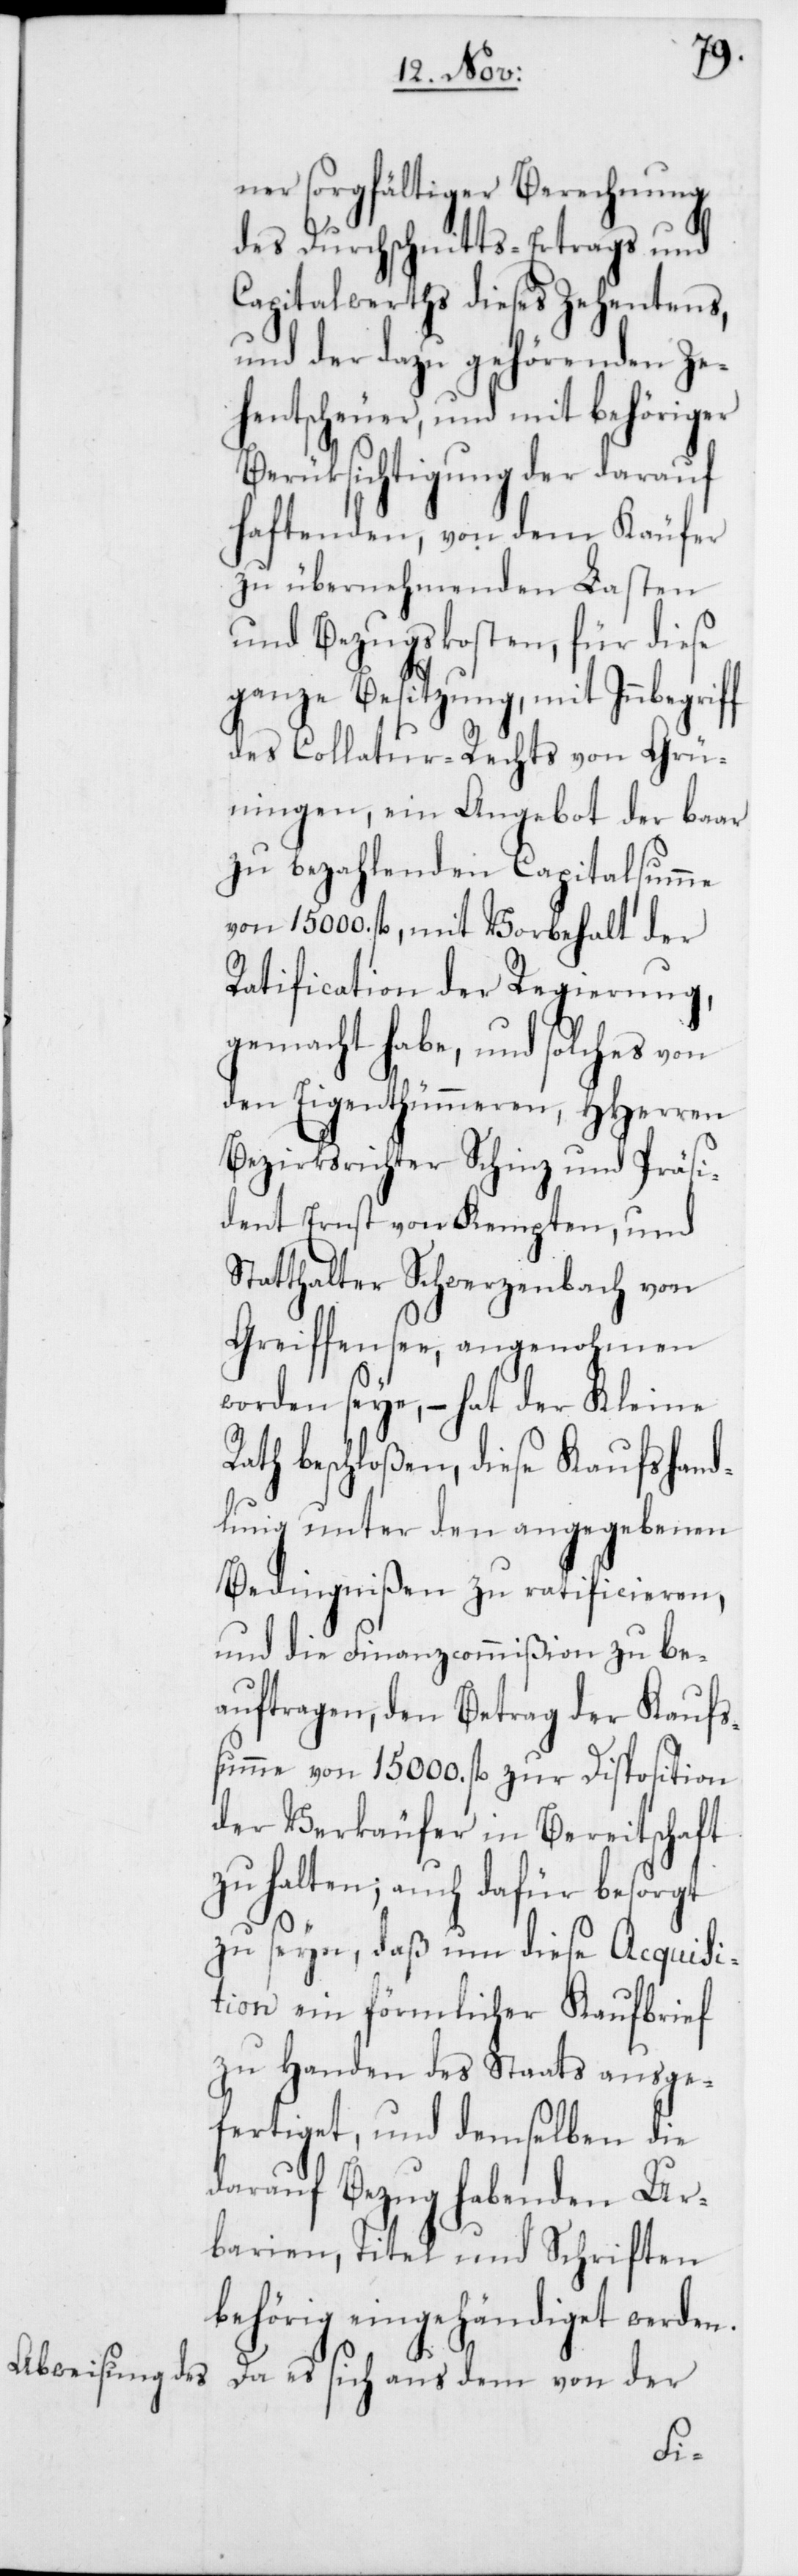
ner sorgfältiger Berechnung
des Durchschnitts-Ertrags und
Capitalwerths dieses Zehentens,
und der dazu gehörenden Ze¬
hentscheuer, und mit behöriger
Berüksichtigung der darauf
haftenden, von dem Käufer
zu übernehmenden Lasten
und Bezugskosten, für diese
ganze Besitzung, mit
des Collatur-Rechts von Grü¬
ningen, ein Angebot der baar
zu bezahlenden Capitalsumme
von 15000. fl., mit Vorbehalt der
Ratification der Regierung,
gemacht habe, und solches von
den Eigenthümmeren, HHerren
Bezirksrichter Schinz und Präsi¬
dent Ernst von Kempten, und
Statthalter Schwerzenbach von
Greiffensee, angenohmen
worden seye, – hat der Kleine
Rath beschloßen, diese Kaufshand¬
lung unter den angegebenen
Bedingnißen zu ratificieren,
und die Finanzcommißion zu be¬
auftragen, den Betrag der Kaufs¬
summe von 15000. fl. zur Disposition
der Verkäufer in Bereitschaft
zu halten; auch dafür besorgt
zu seyn, daß um diese Acquisi¬
tion ein förmlicher Kaufbrief
zu Handen des Staats ausge¬
fertiget, und demselben die
darauf Bezug habenden Ur¬
barien, Titel und Schriften
behörig eingehändiget werden.
Da es sich aus dem von der